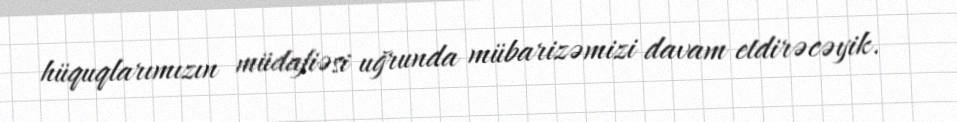
hüquqlarımızın müdafiəsi uğrunda mübarizəmizi davam etdirəcəyik.